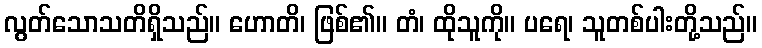
လွတ်သောသတိရှိသည်။ ဟောတိ၊ ဖြစ်၏။ တံ၊ ထိုသူကို။ ပရေ၊ သူတစ်ပါးတို့သည်။